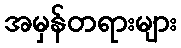
အမှန်တရားများ